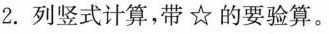
2.列竖式计算，带☆的要验算。